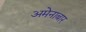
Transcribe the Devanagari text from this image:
अमेनाबार